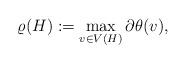
LaTeX: \begin{align*} \varrho(H) := \max_{v \in V(H)} \partial \theta(v),\end{align*}